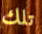
تلك